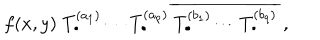
LaTeX: f ( x , y ) \; T _ { \bullet } ^ { ( a _ { 1 } ) } \cdots T _ { \bullet } ^ { ( a _ { p } ) } \: \overline { { { T _ { \bullet } ^ { ( b _ { 1 } ) } \cdots T _ { \bullet } ^ { ( b _ { q } ) } } } } \; ,